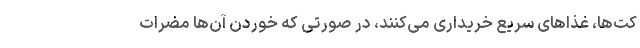
کت‌ها، غذاهای سریع خریداری می‌کنند، در صورتی که خوردن آن‌ها مضرات